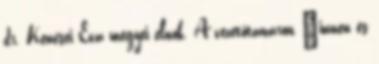
dr. Kenesei Éva megyei elnök. A vezetőtanáron „innen és